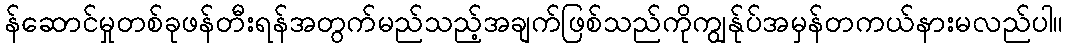
န်ဆောင်မှုတစ်ခုဖန်တီးရန်အတွက်မည်သည့်အချက်ဖြစ်သည်ကိုကျွန်ုပ်အမှန်တကယ်နားမလည်ပါ။